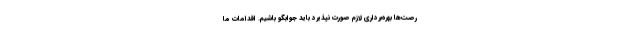
رصت‌ها بهره‌برداری لازم صورت نپذیرد باید جوابگو باشیم. اقدامات ما